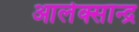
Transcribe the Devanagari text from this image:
आलेक्सान्द्र